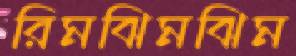
রিমঝিমঝিম